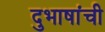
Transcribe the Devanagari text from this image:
दुभाषांची